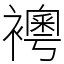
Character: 𧞄